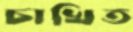
চাখিত